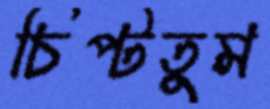
চিপ্‌টতুম